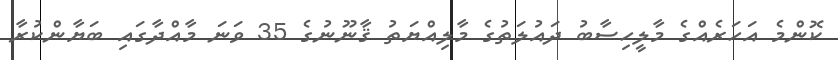
ކޮންމެ އަހަރެއްގެ މާލީހިސާބު ދައުލަތުގެ މާލިއްޔަތު ޤާނޫނުގެ 35 ވަނަ މާއްދާގައި ބަޔާންކުރާ